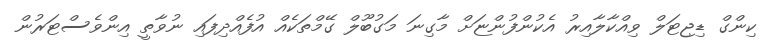
ކިންގް ޑިޖިޓަލް ވިއްކާލާއިރު އެކުންފުންޏަށް މާގިނަ މަގުބޫލް ގޭމްތަކެއް އުފެއްދިފައި ނުވާތީ އިންވެސްޓަރުން